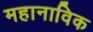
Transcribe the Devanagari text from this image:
महानाविक